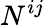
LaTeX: N^{ij}